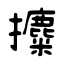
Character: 攗